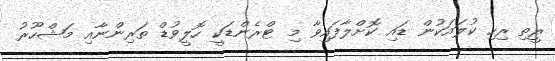
ރީތި ރިހި ކުލައަކުން ޑައި ކޮށްލާފައިވާ މި ޓްރެންޑަކީ ހޮލީވުޑް ތަރިންނާއި މަޝްހޫރު